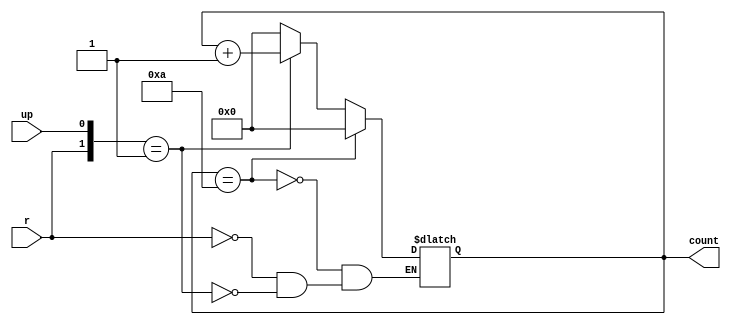
/*
    Group: 2
    Members: Alejandro Bonilla, Jackson Blackmon, Nick Turner, Jacob Wallace
    Date: 11/6/23
    Project Name: 4 bit adder/subtractor with 7seg display
    Project Details:
        1) 2 buttons that allow increment input values on 7seg
        2) 1 button to control if its adding or subtracting
        3) 1 button to switch between showing the inputs values and showing the result
        4) 1 button to reset the displays to 0
        5) 2 7 segment displays to show our values
*/

module Count4( // 4bit counter
   input up, r,
   output reg [3:0] count=4'b0000
    );
    always @(r, up) begin //Trigger on the button press
        casex({r,up})
            2'b1X: count <= 4'b0000;
            2'b01: count <= count + 1;
        endcase
        case(count)
            4'b1010: count <= 4'b0000; //When we reach 10 then its time go back to 0
        endcase
    end
endmodule

module full_adder( //Full adder moodule
	input A, B, C,
	output F, G
    );
	assign F = A ^ B ^ C;
	assign G = B & C | A & B | A & C;
endmodule

module full_adder_subtractor( //5-bit rippple-carry-adder-subtractor
	input [3:0] A,B,
	input C,
	output [4:0] S
    );
	wire C1, C2, C3, C4;
	full_adder U0 (.A(A[0]), .B(B[0]^C), .C(C), .F(S[0]), .G(C1));			
	full_adder U1 (.A(A[1]), .B(B[1]^C), .C(C1), .F(S[1]), .G(C2));
	full_adder U2 (.A(A[2]), .B(B[2]^C), .C(C2), .F(S[2]), .G(C3));
	full_adder U3 (.A(A[3]), .B(B[3]^C), .C(C3), .F(S[3]), .G(S[4]));
endmodule

module output_setter ( //Determines our output
    input [4:0] result,
    input [3:0] A,B,
    input op, eq,
    output reg [3:0] OutputC, OutputD
    );

  always@(eq, result, op) begin
    case(eq)
        0: begin //Equal button not pressed so its just the inputs
            OutputC <= A;
            OutputD <= B;
        end
        1: begin //Equal button was pressed so now determine what the displays must output
            case(op)
                0: begin
                    OutputC <= (result > 4'b1010) ? 4'b0001 : 4'b0000;
                    OutputD <= (result > 4'b1010) ? result - 10 : result;
                end
                1: begin
                    OutputC <= (A >= B) ? 4'b0000 : 4'b1010;
                    OutputD <= (A >= B) ? result : 16-result;
                end 
            endcase
        end
    endcase
    end
endmodule

module Seg7Decode( //7 segement display
   input [3:0] Data,
   output reg [6:0] seg7=7'b0000000 // LED outputs, active low(meaning 0=on, 1=off) 
    );
   always @(Data)begin
       case(Data) //  bit order in segments ABCDEFG
          4'b0000: seg7 <= 7'b0000001; // "0"
          4'b0001: seg7 <= 7'b1001111; // 1
          4'b0010: seg7 <= 7'b0010010; // 2
          4'b0011: seg7 <= 7'b0000110; // 3
          4'b0100: seg7 <= 7'b1001100; // 4
          4'b0101: seg7 <= 7'b0100100; // 5
          4'b0110: seg7 <= 7'b0100000; // 6
          4'b0111: seg7 <= 7'b0001111; // 7
          4'b1000: seg7 <= 7'b0000000; // 8
          4'b1001: seg7 <= 7'b0000100; // 9
          4'b1010: seg7 <= 7'b1111110; // - for negative numbers
          default: seg7 <= 7'b0011100; // Diglays a circle on the top of the display to show an error
       endcase
    end   
endmodule

module top ( //Module Instances
    input Button1,Button2,Equals,Reset,Operation, 
    output [6:0] Dig1, Dig2
    );
    wire [3:0] Number1, Number2, Disp1, Disp2;
    wire [4:0] Result; // 5 bit value since we have to go up to 18

    Count4 C1 (.up(Button1), .r(Reset), .count({Number1})); //Connects count module to button1 
    Count4 C2 (.up(Button2), .r(Reset), .count({Number2})); //Connects count module to button2

    full_adder_subtractor F1 (.A({Number1}), .B({Number2}), .C(Operation), .S({Result})); 
        //^ Performs chosen operation with the outputs of count module

    output_setter OS1 (.result({Result}), .A({Number1}), .B({Number2}), .op(Operation), .eq(Equals), .OutputC({Disp1}), .OutputD({Disp2})); 
        //^ Result checker and assigns display input values

    Seg7Decode Digit1 (.Data({Disp1}), .seg7({Dig1})); //Display 1
    Seg7Decode Digit2 (.Data({Disp2}), .seg7({Dig2})); //Display 2
endmodule

//Calculator testbench module

module testbench ();
    reg Button1,Button2,Equals,Reset,Operation;
    wire [6:0] Dig1, Dig2;
    wire[3:0] Feed1, Feed2, Feed3, Feed4;

    top UUT (Button1,Button2,Equals,Reset,Operation,Dig1,Dig2);
    
    //Driver module
    initial begin
        $dumpfile("calculator.vcd");
        $dumpvars(0, testbench);
        Button1=0; Button2=0; Operation=0; Equals=0; Reset=0; #(10);
        Button1=1; Button2=1; Operation=0; Equals=0; Reset=0; #(10); //1 on both
        Button1=0; Button2=0; Operation=0; Equals=0; Reset=0; #(10);
        Button1=1; Button2=1; Operation=0; Equals=0; Reset=0; #(10); //2 on both
        Button1=0; Button2=0; Operation=0; Equals=0; Reset=0; #(10);
        Button1=1; Button2=1; Operation=0; Equals=0; Reset=0; #(10); //3 on both
        Button1=0; Button2=0; Operation=0; Equals=0; Reset=0; #(10);
        Button1=1; Button2=1; Operation=0; Equals=0; Reset=0; #(10); //4 on both
        Button1=0; Button2=0; Operation=0; Equals=0; Reset=0; #(10);
        Button1=1; Button2=1; Operation=0; Equals=0; Reset=0; #(10); //5 on both
        Button1=0; Button2=0; Operation=0; Equals=0; Reset=0; #(10);
        Button1=1; Button2=1; Operation=0; Equals=0; Reset=0; #(10); //6 on both
        Button1=0; Button2=0; Operation=0; Equals=0; Reset=0; #(10);
        Button1=1; Button2=1; Operation=0; Equals=0; Reset=0; #(10); //7 on both
        Button1=0; Button2=0; Operation=0; Equals=0; Reset=0; #(10);
        Button1=1; Button2=1; Operation=0; Equals=0; Reset=0; #(10); //8 on both
        Button1=0; Button2=0; Operation=0; Equals=0; Reset=0; #(10);
        Button1=1; Button2=1; Operation=0; Equals=0; Reset=0; #(10); //9 on both
        Button1=0; Button2=0; Operation=0; Equals=1; Reset=0; #(10); //Displays 18
        Button1=1; Button2=1; Operation=0; Equals=0; Reset=0; #(10); //Hits 10 so returns to 0

        Button1=0; Button2=0; Operation=0; Equals=0; Reset=0; #(10);
        Button1=1; Button2=1; Operation=0; Equals=0; Reset=0; #(10); //1 on both
        Button1=0; Button2=0; Operation=0; Equals=0; Reset=0; #(10);
        Button1=1; Button2=1; Operation=0; Equals=0; Reset=0; #(10); //2 on both
        Button1=0; Button2=0; Operation=0; Equals=0; Reset=0; #(10);
        Button1=1; Button2=1; Operation=0; Equals=0; Reset=0; #(10); //3 on both
        Button1=0; Button2=0; Operation=0; Equals=0; Reset=0; #(10);
        Button1=1; Button2=1; Operation=0; Equals=0; Reset=0; #(10); //4 on both
        Button1=0; Button2=0; Operation=0; Equals=0; Reset=0; #(10);
        Button1=1; Button2=1; Operation=0; Equals=0; Reset=0; #(10); //5 on both
        Button1=0; Button2=0; Operation=0; Equals=0; Reset=0; #(10);
        Button1=1; Button2=1; Operation=0; Equals=0; Reset=0; #(10); //6 on both
        Button1=0; Button2=0; Operation=0; Equals=1; Reset=0; #(10); //Display output of 6 + 6 which is 12
        Button1=0; Button2=0; Operation=0; Equals=0; Reset=1; #(10); //Reset it all to 0

        Button1=0; Button2=0; Operation=0; Equals=0; Reset=0; #(10);
        Button1=1; Button2=1; Operation=0; Equals=0; Reset=0; #(10); //1 on both
        Button1=0; Button2=0; Operation=0; Equals=0; Reset=0; #(10);
        Button1=1; Button2=1; Operation=0; Equals=0; Reset=0; #(10); //2 on both
        Button1=0; Button2=0; Operation=0; Equals=0; Reset=0; #(10);
        Button1=1; Button2=1; Operation=0; Equals=0; Reset=0; #(10); //3 on both
        Button1=0; Button2=0; Operation=0; Equals=0; Reset=0; #(10);
        Button1=1; Button2=1; Operation=0; Equals=0; Reset=0; #(10); //4 on both
        Button1=0; Button2=0; Operation=0; Equals=0; Reset=0; #(10);
        Button1=1; Button2=1; Operation=0; Equals=0; Reset=0; #(10); //5 on both
        Button1=0; Button2=0; Operation=0; Equals=0; Reset=0; #(10);
        Button1=1; Button2=1; Operation=0; Equals=0; Reset=0; #(10); //6 on both
        Button1=0; Button2=0; Operation=1; Equals=1; Reset=0; #(10); //Display output of 6-6 which is 0
        Button1=0; Button2=0; Operation=0; Equals=0; Reset=1; #(10); //Set all to 0 

        Button1=0; Button2=0; Operation=0; Equals=0; Reset=0; #(10);
        Button1=0; Button2=1; Operation=0; Equals=0; Reset=0; #(10); //1 on 2nd
        Button1=0; Button2=0; Operation=0; Equals=0; Reset=0; #(10);
        Button1=0; Button2=1; Operation=0; Equals=0; Reset=0; #(10); //2 on 2nd
        Button1=0; Button2=0; Operation=0; Equals=0; Reset=0; #(10);
        Button1=0; Button2=1; Operation=0; Equals=0; Reset=0; #(10); //3 on 2nd
        Button1=0; Button2=0; Operation=0; Equals=0; Reset=0; #(10);
        Button1=0; Button2=1; Operation=0; Equals=0; Reset=0; #(10); //4 on 2nd
        Button1=0; Button2=0; Operation=0; Equals=0; Reset=0; #(10);
        Button1=0; Button2=1; Operation=0; Equals=0; Reset=0; #(10); //5 on 2nd
        Button1=0; Button2=0; Operation=0; Equals=0; Reset=0; #(10);
        Button1=0; Button2=1; Operation=0; Equals=0; Reset=0; #(10); //6 on 2nd
        Button1=0; Button2=0; Operation=0; Equals=0; Reset=0; #(10);
        Button1=0; Button2=1; Operation=0; Equals=0; Reset=0; #(10); //7 on 2nd
        Button1=0; Button2=0; Operation=0; Equals=0; Reset=0; #(10);
        Button1=0; Button2=1; Operation=0; Equals=0; Reset=0; #(10); //8 on 2nd
        Button1=0; Button2=0; Operation=0; Equals=0; Reset=0; #(10);
        Button1=0; Button2=1; Operation=0; Equals=0; Reset=0; #(10); //9 on 2nd
        Button1=0; Button2=0; Operation=1; Equals=1; Reset=0; #(10); //Displays -9
        Button1=0; Button2=0; Operation=0; Equals=0; Reset=1; #(10); //Set all to 0
 
        $finish;
    end
endmodule